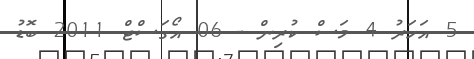
5 އަހަރު 4 މަސް ކުރިން - 06 އޯގަސްޓް 2011 ބޮޑު